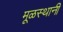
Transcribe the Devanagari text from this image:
मूळस्थानी